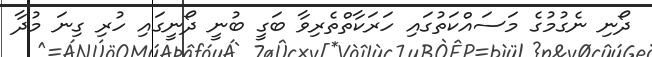
ދޯނި ނެގުމުގެ މަސައްކަތުގައި ހަރަކާތްތެރިވާ ބަގީ ބުނީ ދޯނީގައި ހުރި ގިނަ މުދާ